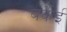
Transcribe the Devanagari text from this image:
बर्केई